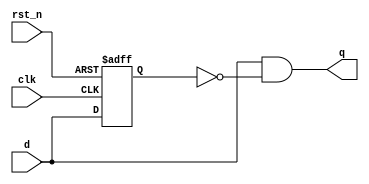
////////////////////////////////////////////////////////////
//
// This confidential and proprietary software may be used
// only as authorized by a licensing agreement from
// Bean Digital Ltd
// In the event of publication, the following notice is
// applicable:
//
// (C)COPYRIGHT 2009 BEAN DIGITAL LTD.
// ALL RIGHTS RESERVED
//
// The entire notice above must be reproduced on all
// authorized copies.
//
// Description : Detect a positive edge.
////////////////////////////////////////////////////////////

`resetall
`timescale 1ns/10ps

module det_pos_edge(
  input  wire clk,
  input  wire rst_n,
  input  wire d,
  output wire q
);

////////////////////////////////////////////////////////////
// Signals
//////////////////////////////////////////////////////////// 

reg d_p1;

////////////////////////////////////////////////////////////
// Comb Assign : Q
// Description : 
////////////////////////////////////////////////////////////

assign q = d & ~d_p1;

////////////////////////////////////////////////////////////
// Seq Block   : Data pipeline
// Description : 
////////////////////////////////////////////////////////////

always @(negedge rst_n or posedge clk)
begin
  if (rst_n == 0) begin
    d_p1 <= 0;
  end else begin
    d_p1 <= d;
  end
end 
            
endmodule